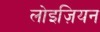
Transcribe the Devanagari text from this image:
लोइज़ियन